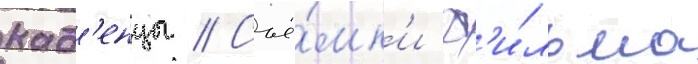
кад'енцы // Съё́мк'и ф'и́льма